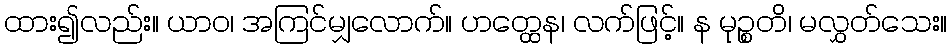
ထား၍လည်း။ ယာဝ၊ အကြင်မျှလောက်။ ဟတ္ထေန၊ လက်ဖြင့်။ န မုဉ္စတိ၊ မလွှတ်သေး။